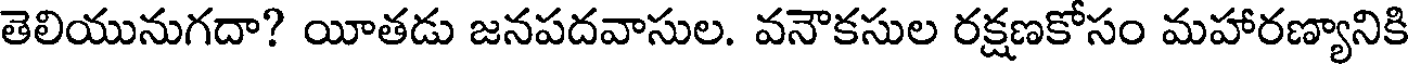
తెలియునుగదా? యీతడు జనపదవాసుల. వనౌకసుల రక్షణకోసం మహారణ్యానికి